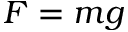
F = m g